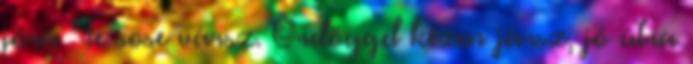
jóra Te sose vársz. Ördöggel kézen jársz, jó útra